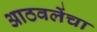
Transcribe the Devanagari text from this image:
आठवलेंचा